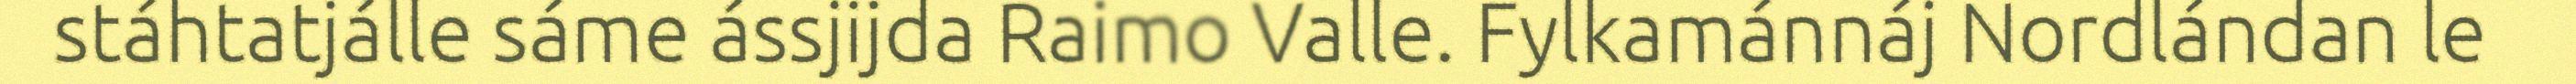
stáhtatjálle sáme ássjijda Raimo Valle. Fylkamánnáj Nordlándan le